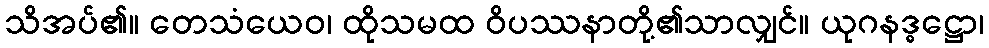
သိအပ်၏။ တေသံယေဝ၊ ထိုသမထ ဝိပဿနာတို့၏သာလျှင်။ ယုဂနဒ္ဓဋ္ဌော၊